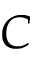
C